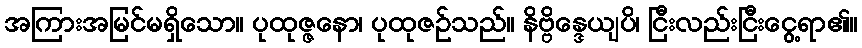
အကြားအမြင်မရှိသော။ ပုထုဇ္ဇနော၊ ပုထုဇဉ်သည်။ နိဗ္ဗိန္ဒေယျပိ၊ ငြီးလည်းငြီးငွေ့ရာ၏။